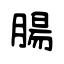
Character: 腸